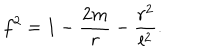
LaTeX: f ^ { 2 } = 1 - \frac { 2 m } { r } - \frac { r ^ { 2 } } { l ^ { 2 } } .